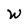
Character: W